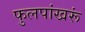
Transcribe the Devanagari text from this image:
फुलपांखरूं